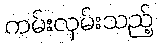
ကမ်းလှမ်းသည့်